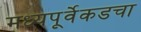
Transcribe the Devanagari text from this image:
मध्यपूर्वेकडचा